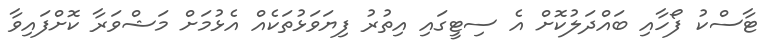
ޓާސްކު ފޯހާއި ބައްދަލުކޮށް އެ ސިޓީގައި އިތުރު ފިޔަވަޅުތަކެއް އެޅުމަށް މަޝްވަރާ ކޮށްފައިވާ